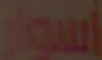
أسوار